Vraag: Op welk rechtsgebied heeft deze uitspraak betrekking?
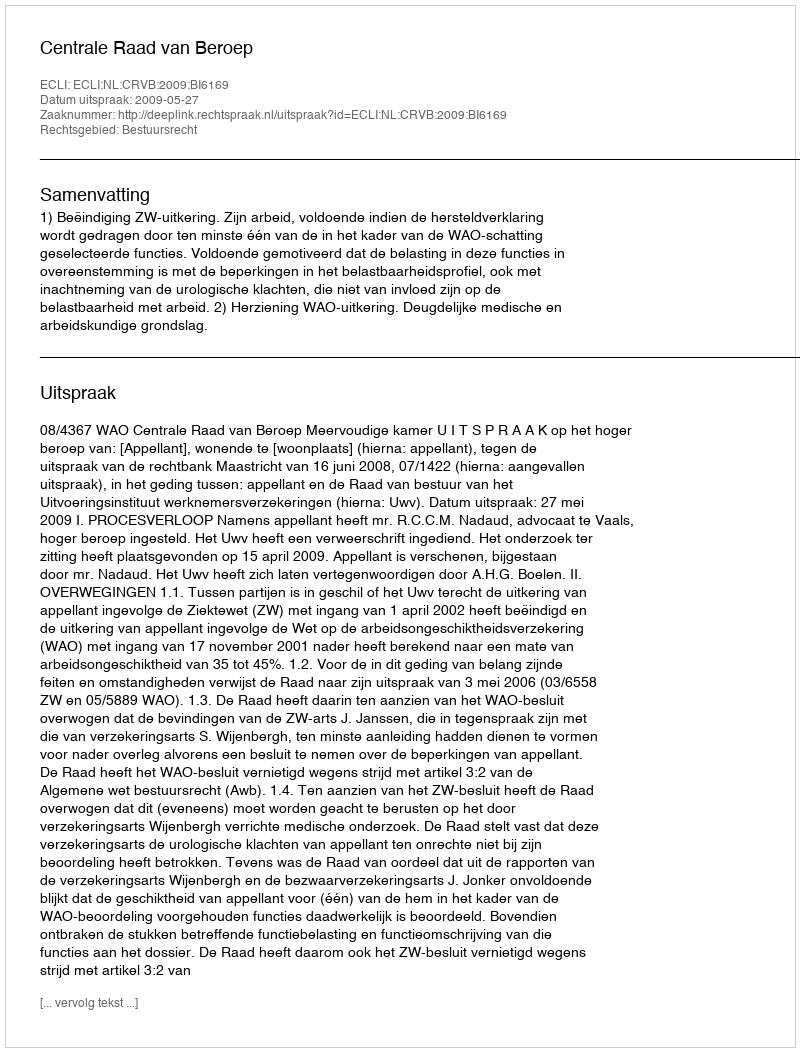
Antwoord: Bestuursrecht